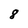
Character: 8